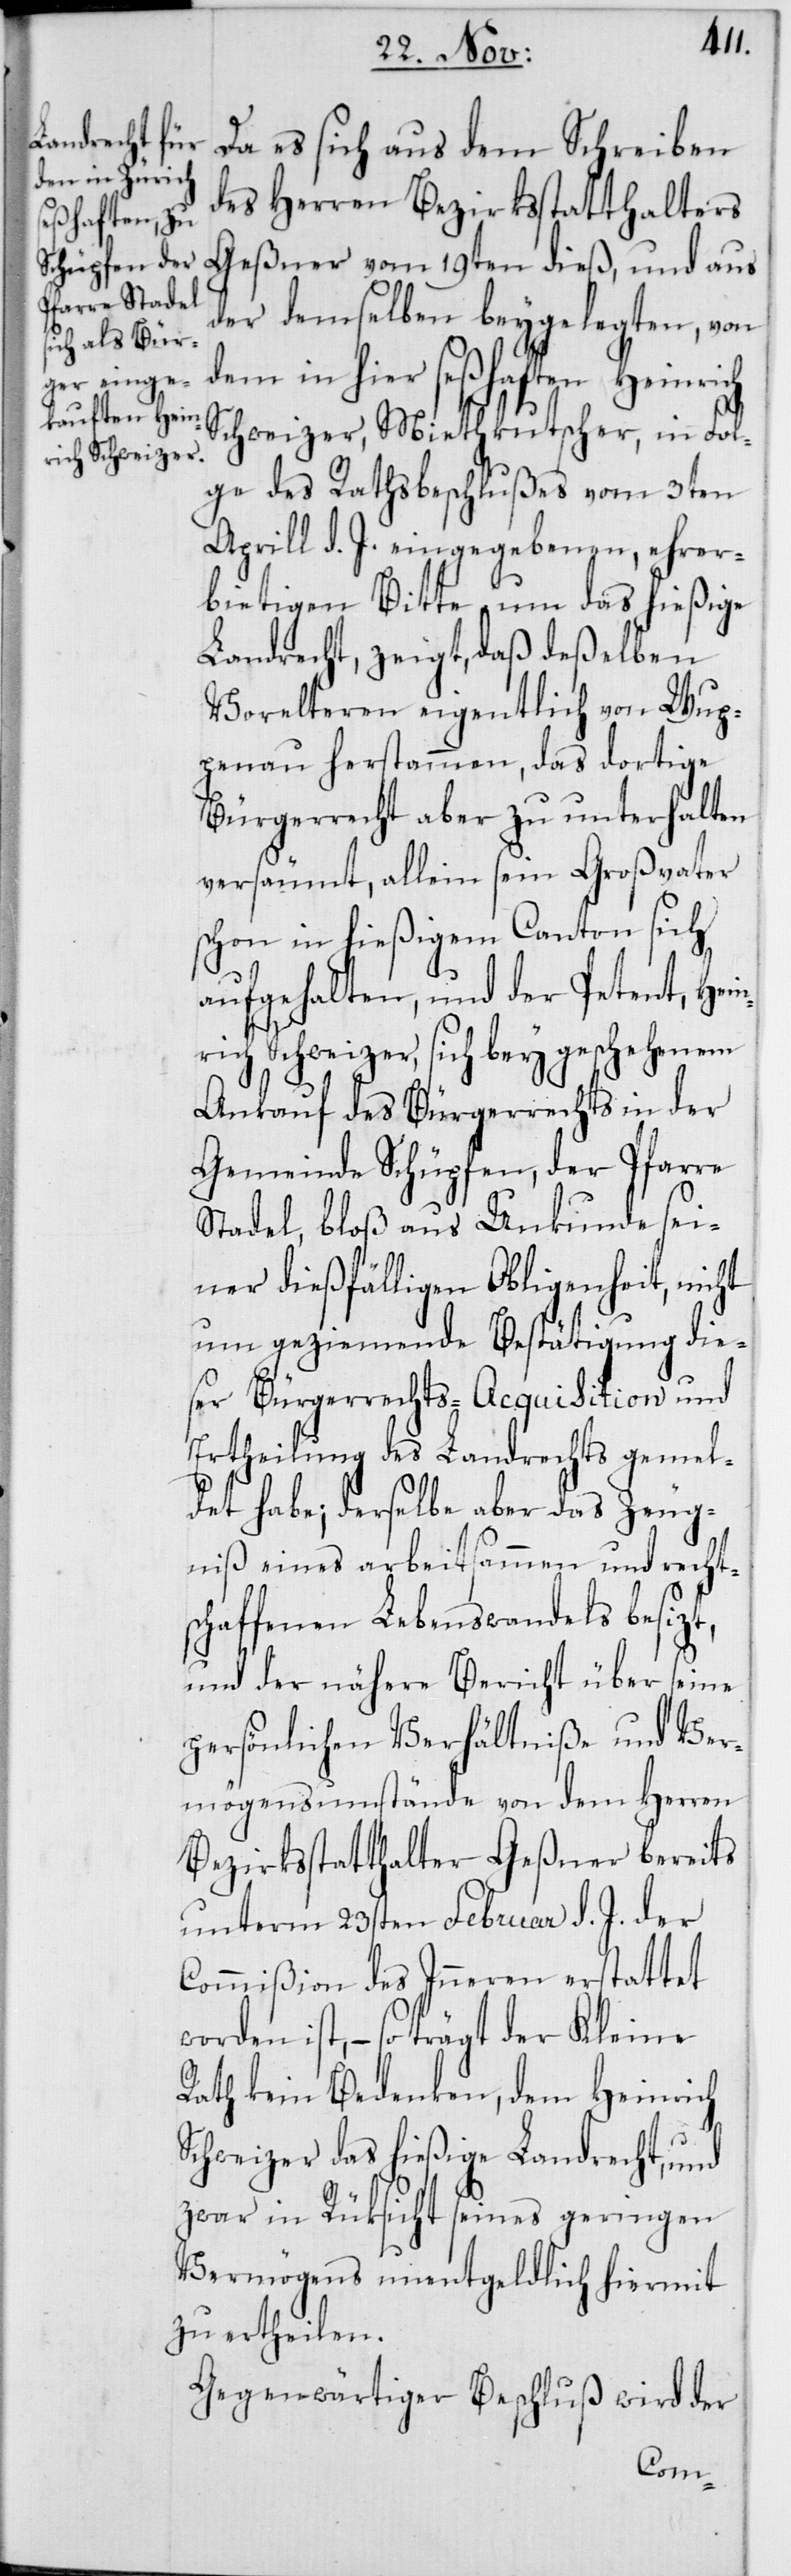
Da es sich aus dem Schreiben
des Herren Bezirksstatthalters
Geßner vom 19ten dieß, und aus
der demselben beygelegten, von
dem in hier seßhaften Heinrich
Schweizer, Miethkutscher, in Fol¬
ge des Rathsbeschlußes vom 3ten
Aprill d. J. eingegebenen, ehrer¬
bietigen Bitte um das hießige
Landrecht, zeigt, daß deßelben
Vorelteren eigentlich von Wup¬
penau herstammen, das dortige
Bürgerrecht aber zu unterhalten
versäumt, allein sein Großvater
schon in hießigem Canton sich
aufgehalten, und der Petent, Hei¬
nrich Schweizer, sich bey geschehenem
Ankauf des Bürgerrechts in der
Gemeinde Schüpfen, der Pfarre
Stadel, bloß aus Unkunde sei¬
ner dießfälligen Obligenheit, nicht
um geziemende Bestätigung die¬
ser Bürgerrechts-Acquisition und
Ertheilung des Landrechts gemel¬
det habe; derselbe aber das Zeug¬
niß eines arbeitsammen und recht¬
schaffenen Lebenswandels besizt,
und der nähere Bericht über seine
persönlichen Verhältniße und Ver¬
mögensumstände von dem Herren
Bezirksstatthalter Geßner bereits
unterm 23sten Februar d. J. der
Commißion des Inneren erstattet
ist, – so trägt der Kleine
Rath kein Bedenken, dem Heinrich
Schweizer das hießige Landrecht, und
zwar in Rüksicht seines geringen
Vermögens unentgeldlich hiermit
zu ertheilen.
Gegenwärtiger Beschluß wird der